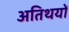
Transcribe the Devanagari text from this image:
अतिथयों